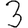
Digit: 3